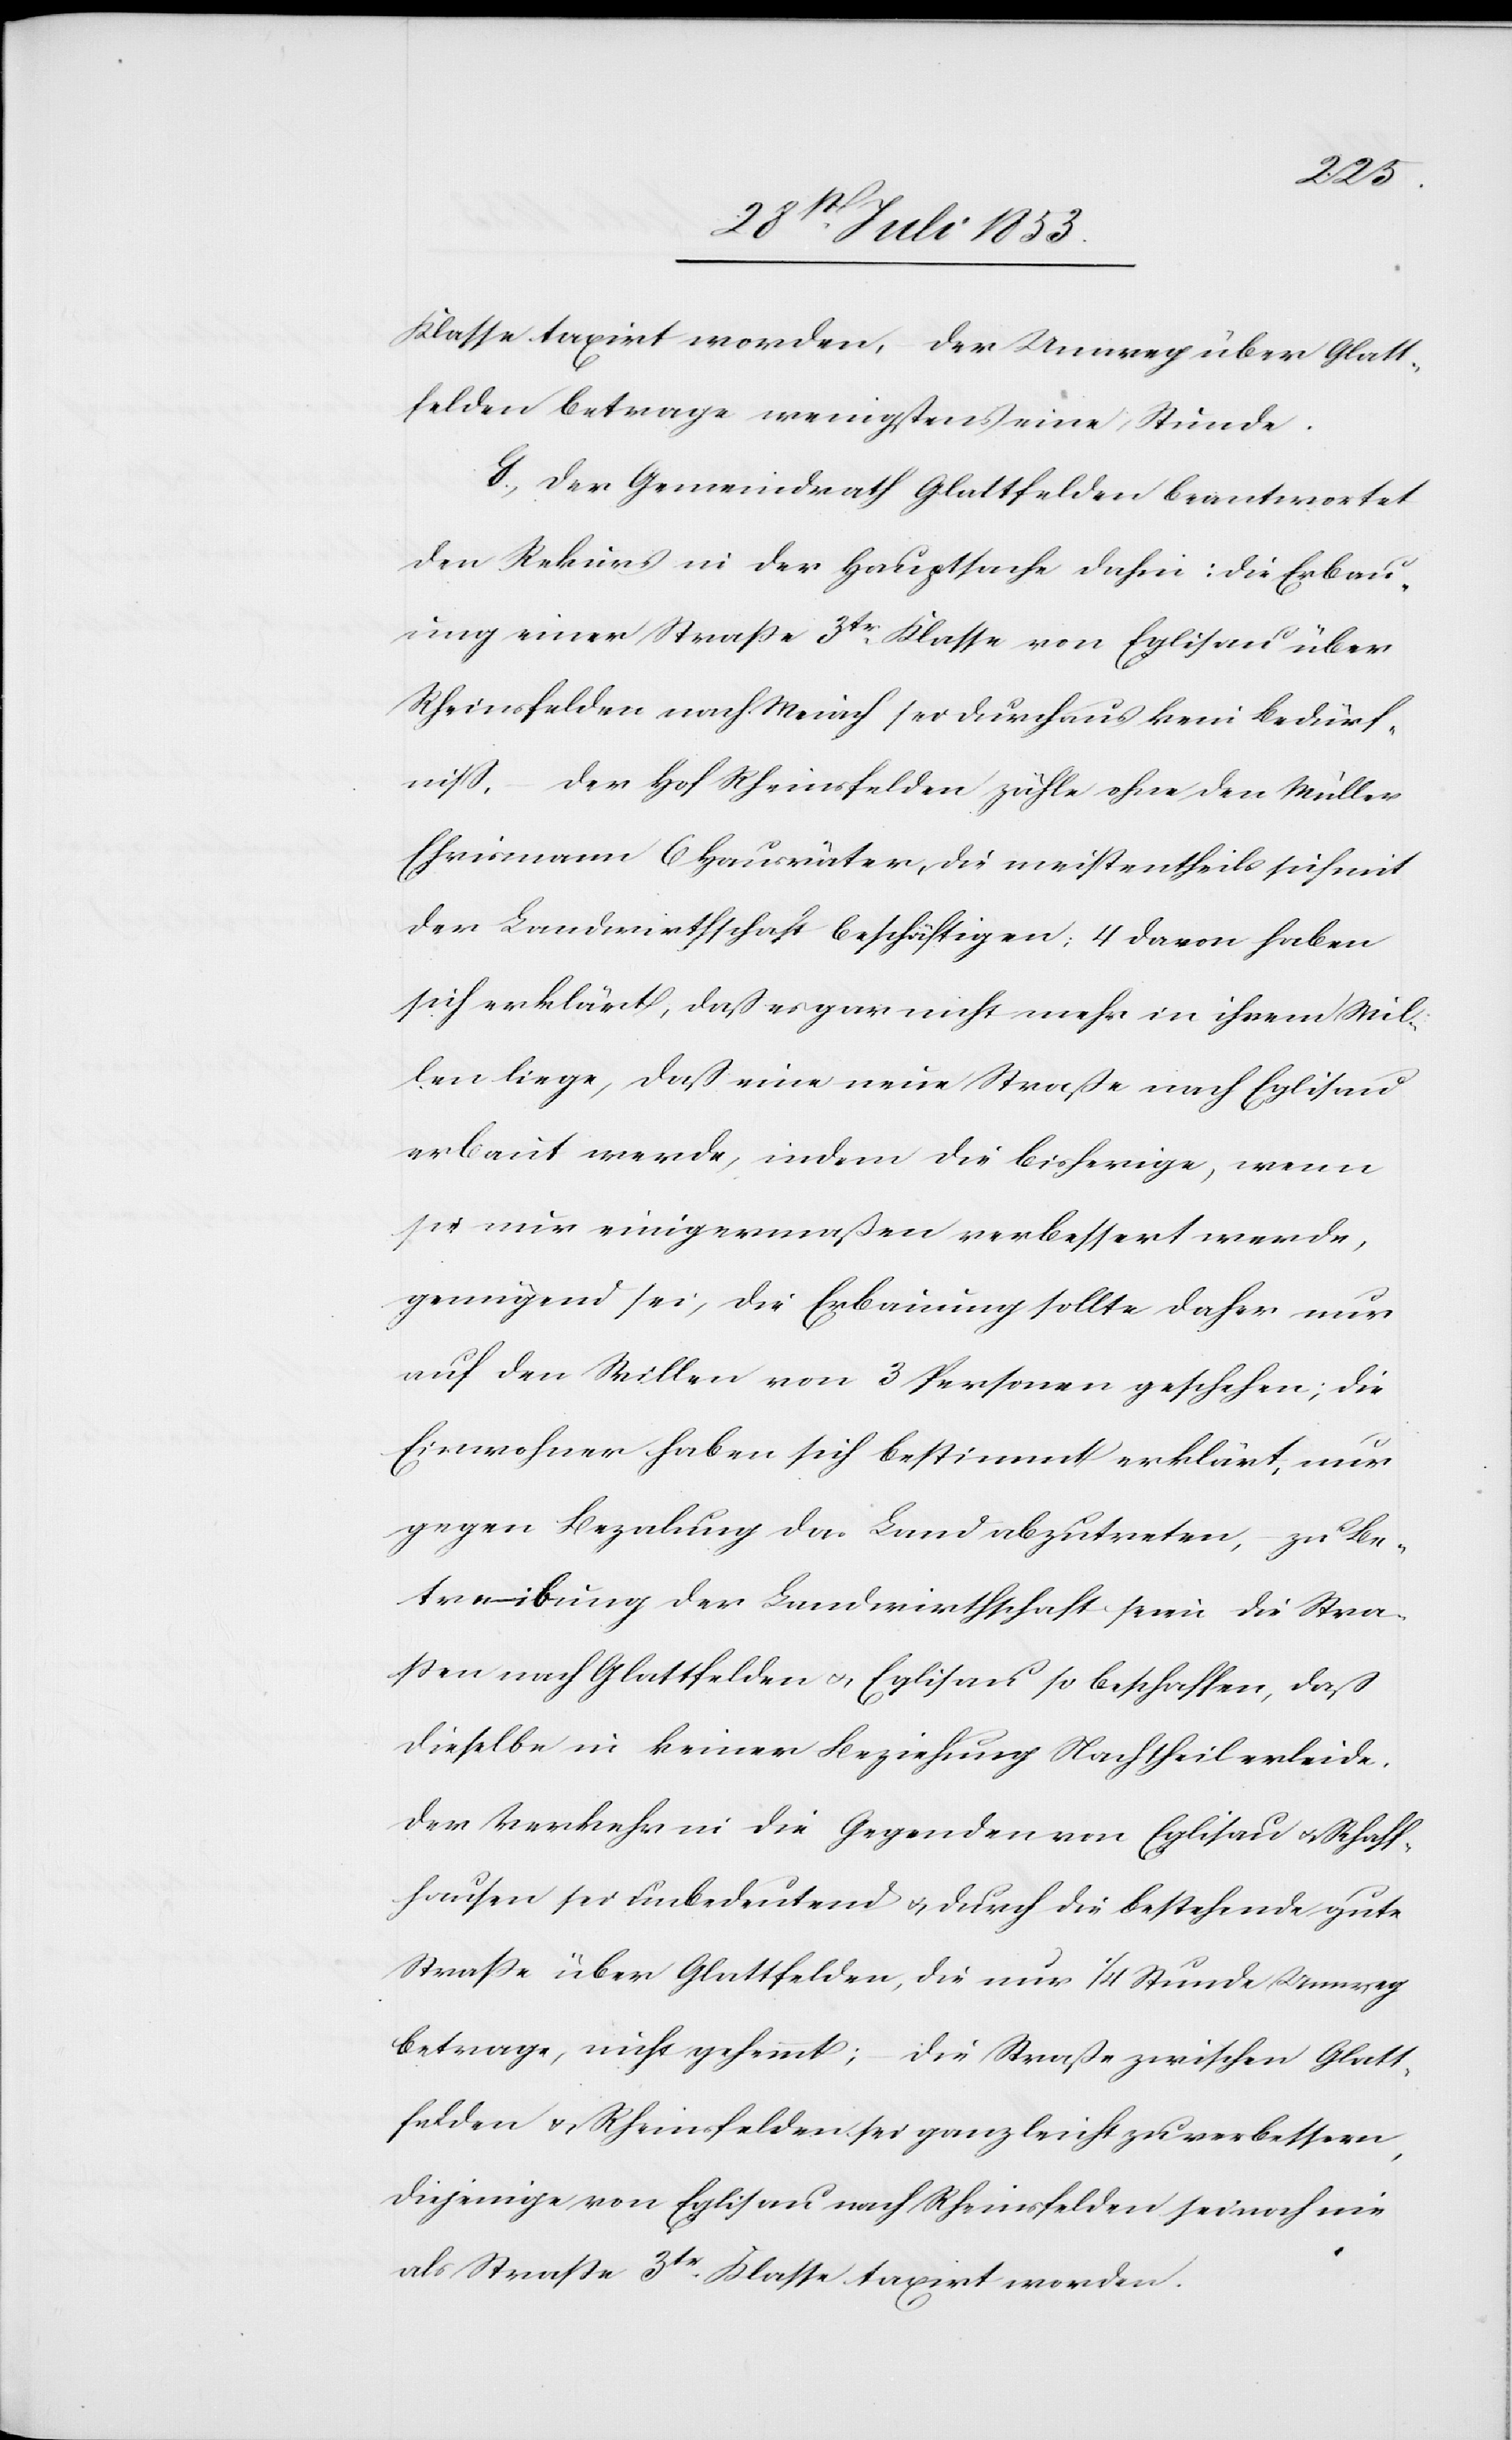
Klasse taxirt worden, der Umweg über Glatt¬
felden betrage wenigstens eine Stunde.
G, Der Gemeindrath Glattfelden beantwortet
den Rekurs in der Hauptsache dahin: die Erbau¬
ung einer Straße 3tr Klasse von Eglisau über
Rheinsfelden nach Weiach sei durchaus kein Bedürf¬
niß, der Hof Rheinsfelden zähle ohne den Müller
Ehrismann 6 Hausväter, die meistentheils sich mit
der Landwirthschaft beschäftigen: 4 davon haben
sich erklärt, daß es gar nicht mehr in ihrem Wil¬
len liege, daß eine neue Straße nach Eglisau
erbaut werde, indem die bisherige, wenn
sie nur einigermaßen verbessert werde,
genügend sei, die Erbauung sollte daher nur
auf den Willen von 3 Personen geschehen; die
Einwohner haben sich bestimmt erklärt, nur
gegen Bezahlung das Land abzutreten, zu Be¬
treibung der Landwirthschaft seien die Stra¬
ßen nach Glattfelden u. Eglisau so beschaffen, daß
dieselbe in keiner Beziehung Nachtheil erleide.
Der Verkehr in die Gegenden von Eglisau u. Schaff¬
hausen sei unbedeutend u. durch die bestehende gute
Straße über Glattfelden, die nur 1/4 Stunde Umweg
betrage, nicht gehemmt; – die Straße zwischen Glatt¬
felden u. Rheinsfelden sei ganz leicht zu verbessern,
diejenige von Eglisau nach Rheinsfelden sei noch nie
als Straße 3tr Klasse taxirt worden.